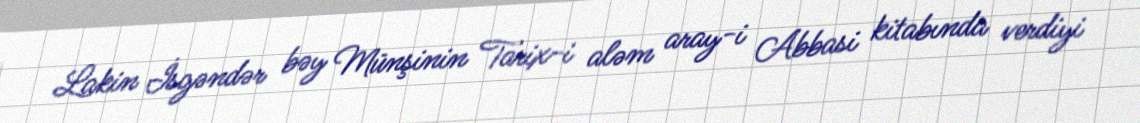
Lakin İsgəndər bəy Münşinin Tarix-i aləm aray-i Abbasi kitabında verdiyi